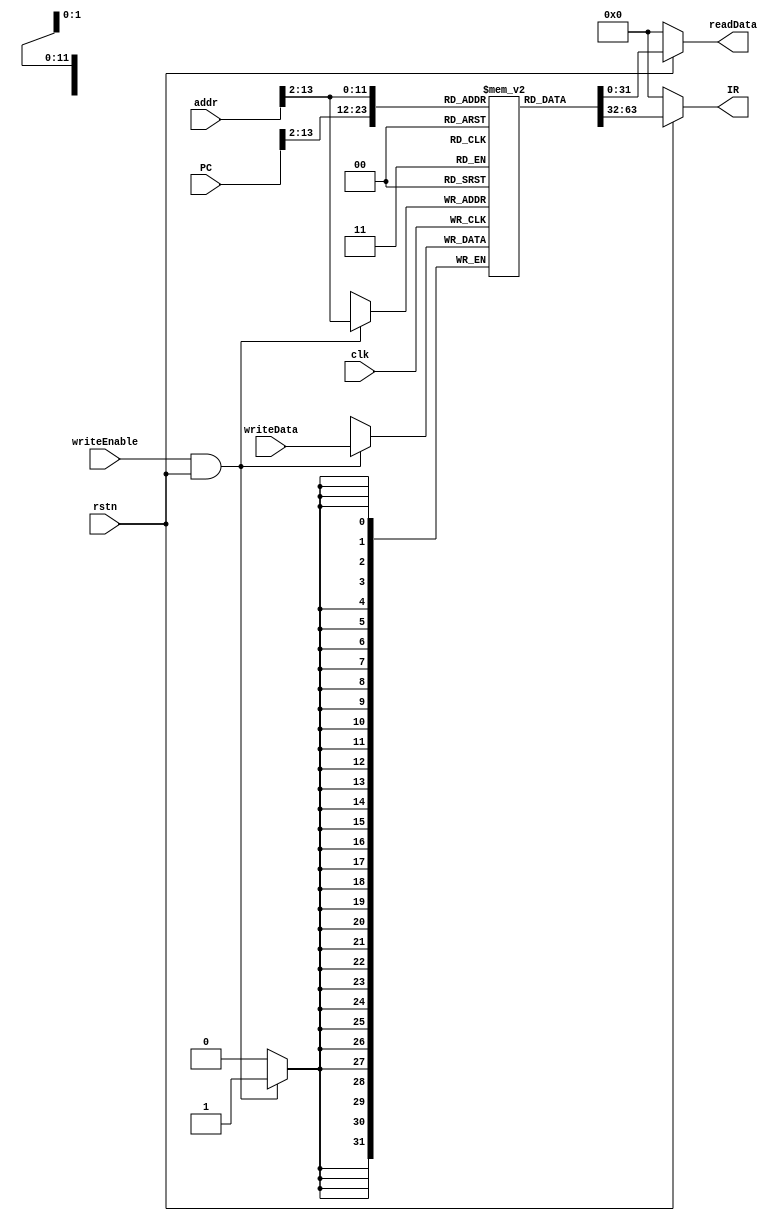
module ROM (input wire clk,
            input wire rstn,
            input wire [31:0] PC,        //PC value
            output reg [31:0] IR,        //PC to IR
            input wire writeEnable,      //rom write enable
            input wire [31:0] addr,      //rom address
            input wire [31:0] writeData, //rom write data
            output reg [31:0] readData); //rom read data
    
    reg [31:0] rom [0:4095];
    
    //read IR and data
    always @(*) begin
        if (~rstn)begin
            IR       = 0;
            readData = 0;
        end
        else begin
            IR       = rom[PC[31:2]];
            readData = rom[addr[31:2]];
        end
    end
    
    
    //write data
    always @(posedge clk) begin
        if (writeEnable&&rstn) begin
            rom[addr[31:2]] <= writeData;
        end
        else begin
            
        end
    end
endmodule //ROM